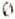
0